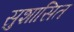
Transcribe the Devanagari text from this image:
सुशासित